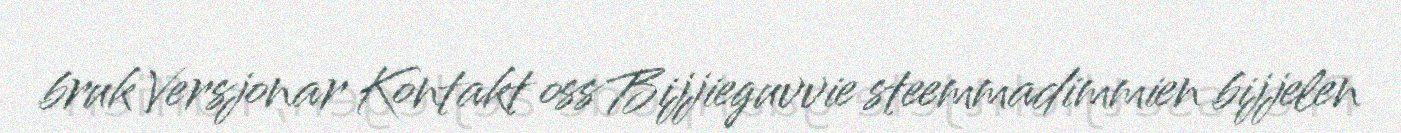
bruk Versjonar Kontakt oss Bijjieguvvie steemmadimmien bijjelen